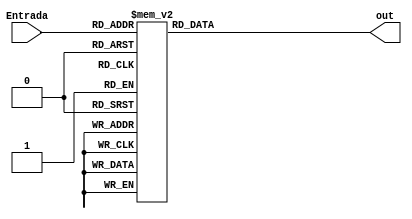
module sete_seg (Entrada, out);
  input [3:0] Entrada;
  output reg [0:6] out;

  //Decodificador Display de 7 segmentos
  always begin
    case(Entrada)
   4'b0000: out = 7'b1000000;
	4'b0001: out = 7'b1111001;
	4'b0010: out = 7'b0100100;
	4'b0011: out = 7'b0110000;
	4'b0100: out = 7'b0011001;
	4'b0101: out = 7'b0010010;
	4'b0110: out = 7'b0000010;
	4'b0111: out = 7'b1111000;
	4'b1000: out = 7'b0000000;
	4'b1001: out = 7'b0011000;
	default: out = 7'b1000000;

    endcase
  end
endmodule